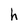
Character: h